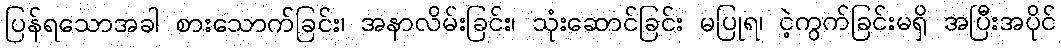
ပြန်ရသောအခါ စားသောက်ခြင်း၊ အနာလိမ်းခြင်း၊ သုံးဆောင်ခြင်း မပြုရ၊ ငဲ့ကွက်ခြင်းမရှိ အပြီးအပိုင်